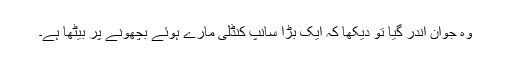
وہ جوان اندر گیا تو دیکھا کہ ایک بڑا سانپ کنڈلی مارے ہوئے بچھونے پر بیٹھا ہے۔